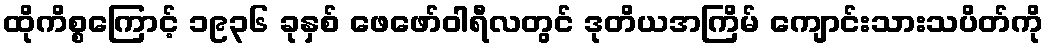
ထိုကိစ္စကြောင့် ၁၉၃၆ ခုနှစ် ဖေဖော်ဝါရီလတွင် ဒုတိယအကြိမ် ကျောင်းသားသပိတ်ကို